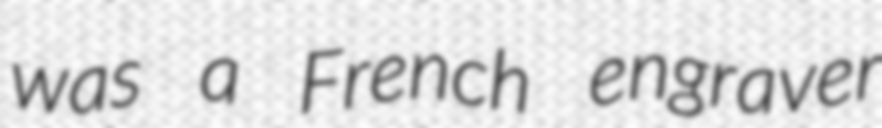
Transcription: was a French engraver